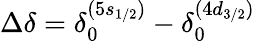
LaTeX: \Delta\delta=\delta_{0}^{(5s_{1/2})}-\delta_{0}^{(4d_{3/2})}